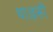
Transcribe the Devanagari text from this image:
था।इसी